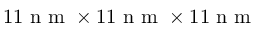
1 1 \textrm { n m } \times 1 1 \textrm { n m } \times 1 1 \textrm { n m }